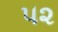
૫૨